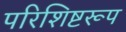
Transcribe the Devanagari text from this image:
परिशिष्टरूप